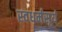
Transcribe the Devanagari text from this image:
स्वधर्मसूर्य